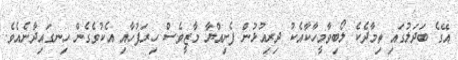
އޭގެ ބަދަލުގައި ތިމާދެކެ ލޯބިވާމީހާކާއެކު ދިރިއުޅުން ފެށިއްޔާ މާޒީވެސް ހިރަފުހާއި އެކުވެގެން ހިނގައިދާނެއެވެ.